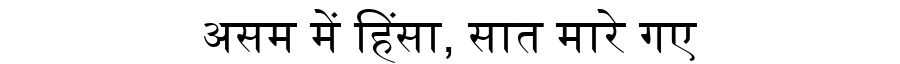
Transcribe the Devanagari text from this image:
असम में हिंसा, सात मारे गए